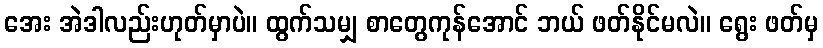
အေး အဲဒါလည်းဟုတ်မှာပဲ။ ထွက်သမျှ စာတွေကုန်အောင် ဘယ် ဖတ်နိုင်မလဲ။ ရွေး ဖတ်မှ